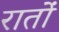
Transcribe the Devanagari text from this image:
रातांे